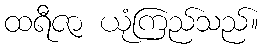
ထရီဇာ ယုံကြည်သည်။